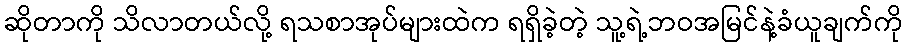
ဆိုတာကို သိလာတယ်လို့ ရသစာအုပ်များထဲက ရရှိခဲ့တဲ့ သူ့ရဲ့ဘဝအမြင်နဲ့ခံယူချက်ကို